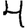
Digit: 4